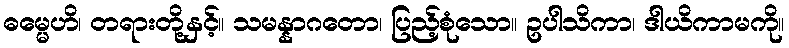
ဓမ္မေဟိ၊ တရားတို့နှင့်။ သမန္နာဂတော၊ ပြည့်စုံသော။ ဥပါသိကာ၊ ဒါယိကာမကို။